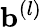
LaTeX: \mathbf{b}^{(l)}